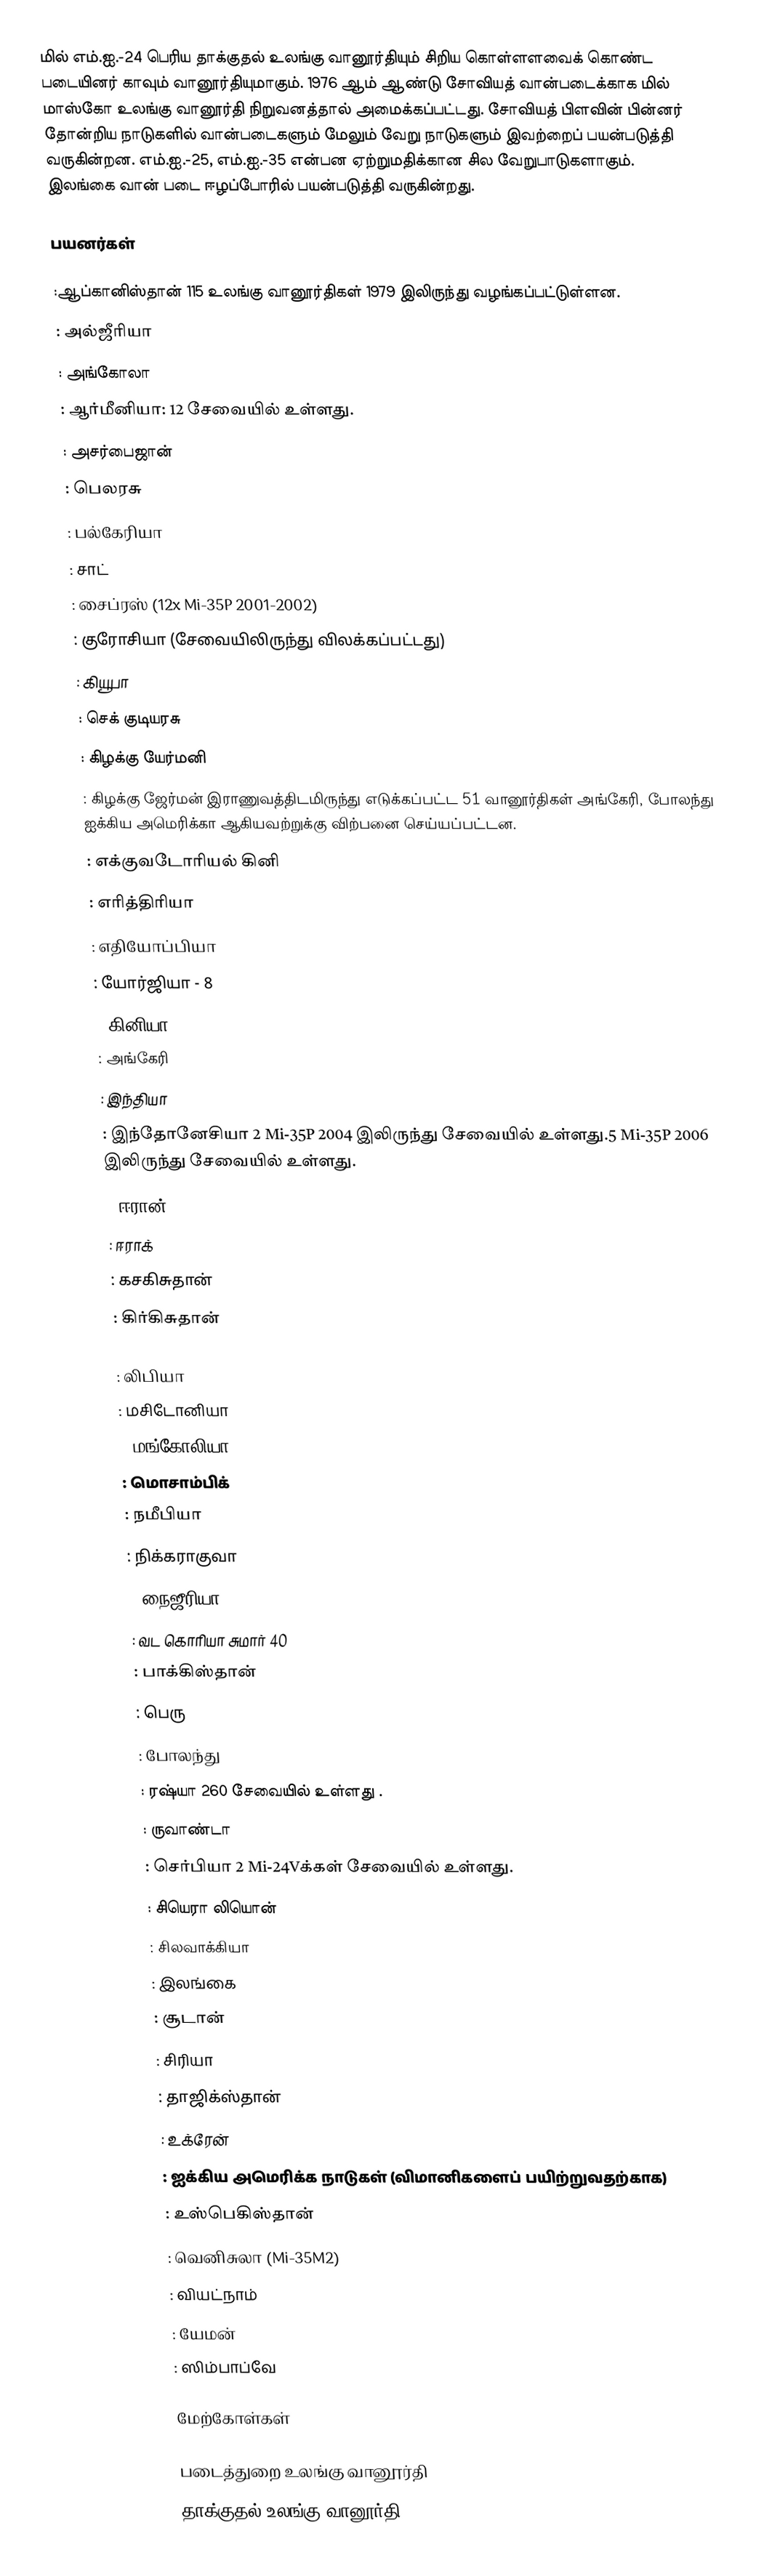
மில் எம்.ஐ.-24 பெரிய தாக்குதல் உலங்கு வானூர்தியும் சிறிய கொள்ளளவைக் கொண்ட படையினர் காவும் வானூர்தியுமாகும். 1976 ஆம் ஆண்டு சோவியத் வான்படைக்காக மில் மாஸ்கோ உலங்கு வானூர்தி நிறுவனத்தால் அமைக்கப்பட்டது. சோவியத் பிளவின் பின்னர் தோன்றிய நாடுகளில் வான்படைகளும் மேலும் வேறு நாடுகளும் இவற்றைப் பயன்படுத்தி வருகின்றன. எம்.ஐ.-25, எம்.ஐ.-35 என்பன ஏற்றுமதிக்கான சில வேறுபாடுகளாகும். இலங்கை வான் படை ஈழப்போரில் பயன்படுத்தி வருகின்றது.

பயனர்கள்

 :ஆப்கானிஸ்தான்  115 உலங்கு வானூர்திகள் 1979 இலிருந்து வழங்கப்பட்டுள்ளன.
 : அல்ஜீரியா
 : அங்கோலா
 : ஆர்மீனியா: 12 சேவையில் உள்ளது.
 : அசர்பைஜான்
 : பெலரசு
 : பல்கேரியா
 : சாட்
 : சைப்ரஸ் (12x  Mi-35P 2001-2002)
 : குரோசியா (சேவையிலிருந்து விலக்கப்பட்டது)
 : கியூபா
 : செக் குடியரசு
 : கிழக்கு யேர்மனி
 : கிழக்கு ஜேர்மன் இராணுவத்திடமிருந்து எடுக்கப்பட்ட 51 வானூர்திகள் அங்கேரி, போலந்து ஐக்கிய அமெரிக்கா ஆகியவற்றுக்கு விற்பனை செய்யப்பட்டன.
 : எக்குவடோரியல் கினி
 : எரித்திரியா
 : எதியோப்பியா
 : யோர்ஜியா - 8
 : கினியா
 : அங்கேரி
 : இந்தியா
 : இந்தோனேசியா 2 Mi-35P 2004 இலிருந்து சேவையில் உள்ளது.5 Mi-35P 2006 இலிருந்து சேவையில் உள்ளது.
 : ஈரான்
 : ஈராக்
 : கசகிசுதான்
 : கிர்கிசுதான்

 : லிபியா
 : மசிடோனியா
 : மங்கோலியா
 : மொசாம்பிக்
 : நமீபியா
 : நிக்கராகுவா
 : நைஜீரியா
 : வட கொரியா சுமார் 40
 : பாக்கிஸ்தான்
 : பெரு
 : போலந்து
 : ரஷ்யா 260 சேவையில் உள்ளது .
 : ருவாண்டா
 : செர்பியா 2 Mi-24Vக்கள் சேவையில் உள்ளது.
 : சியெரா லியொன்
 : சிலவாக்கியா
 : இலங்கை
 : சூடான்
 : சிரியா
 : தாஜிக்ஸ்தான்
 : உக்ரேன்
 : ஐக்கிய அமெரிக்க நாடுகள் (விமானிகளைப் பயிற்றுவதற்காக)
 : உஸ்பெகிஸ்தான்
 : வெனிசுலா (Mi-35M2)
 : வியட்நாம்
 : யேமன்
 : ஸிம்பாப்வே

மேற்கோள்கள்

படைத்துறை உலங்கு வானூர்தி
தாக்குதல் உலங்கு வானூர்தி